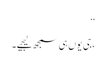
‘‘
،جی یوں ہی سمجھ لیجیے۔